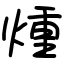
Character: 煄